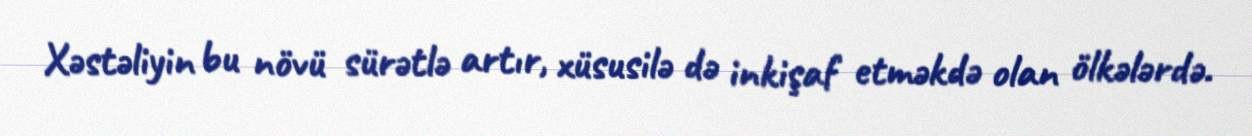
Xəstəliyin bu növü sürətlə artır, xüsusilə də inkişaf etməkdə olan ölkələrdə.